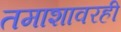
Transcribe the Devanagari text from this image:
तमाशावरही